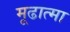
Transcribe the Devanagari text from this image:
मूढात्मा